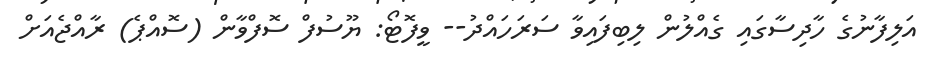
އަލިފާނުގެ ހާދިސާގައި ގެއްލުން ލިބިފައިވާ ސަރަހައްދު-- ވީފޮޓޯ: ޔޫސުފް ސޮފްވާން (ސޮއްޕެ) ރާއްޖެއަށް